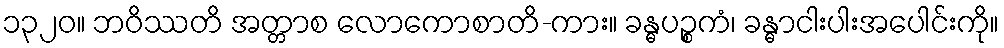
၁၃၂၀။ ဘဝိဿတိ အတ္တာစ လောကောစာတိ-ကား။ ခန္ဓပဉ္စကံ၊ ခန္ဓာငါးပါးအပေါင်းကို။